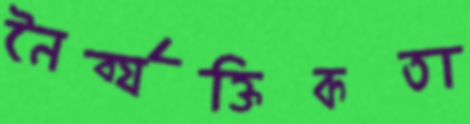
নৈর্ব্যক্তিকতা